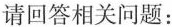
请回答相关问题：